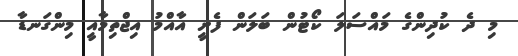
މި ދެ ކުދިންގެ މައްސަލަ ކޯޓުން ބަލަން ފެށީ އާއްމު އިޖްތިމާއީ މިންގަނޑާ